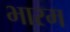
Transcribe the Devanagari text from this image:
भारम